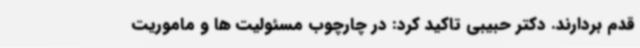
قدم بردارند. دکتر حبیبی تاکید کرد: در چارچوب مسئولیت ها و ماموریت